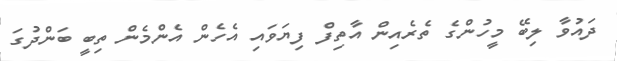
ދައުވާ ލިބޭ މީހުންގެ ތެރެއިން އާތިފް ފިޔަވައި އެހެން އެންމެން ތިބީ ބަންދުގަ